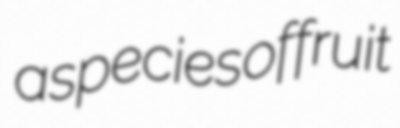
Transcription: a species of fruit